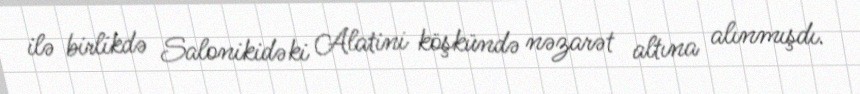
ilə birlikdə Salonikidəki Alatini köşkündə nəzarət altına alınmışdı.